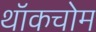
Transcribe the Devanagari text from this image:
थॉकचोम